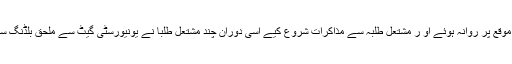
مقامی پولیس /مجسٹریٹ واقعہ کی اطلاع ملتے ہی موقع پر روانہ ہوئے او ر مشتعل طلبہ سے مذاکرات شروع کیے اسی دوران چند مشتعل طلبا نے یونیورسٹی گیٹ سے ملحق بلڈنگ سے پولیس پر پتھراو /بوتلیں پھینکنی شروع کردیں ۔